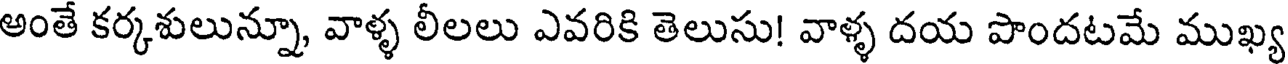
అంతే కర్కశులున్నూ, వాళ్ళ లీలలు ఎవరికి తెలుసు! వాళ్ళ దయ పొందటమే ముఖ్య